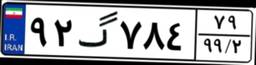
۹۲گ۷۸۴۷۹